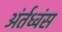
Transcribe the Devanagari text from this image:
अंर्तध्वंस